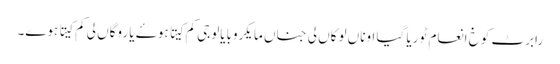
رابرٹ کوخ انعام ٹوریا گیا اوناں لوکاں لی جناں مایکروبایالوجی کم کیتا ہوۓ یا روگاں لی کم کیتا ہوے۔